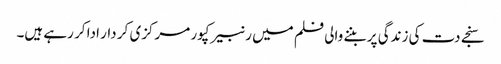
سنجے دت کی زندگی پر بننے والی فلم میں رنبیر کپور مرکزی کر دار ادا کر رہے ہیں۔